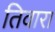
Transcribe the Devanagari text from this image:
तिवारा